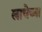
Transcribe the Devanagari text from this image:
लाचेच्या